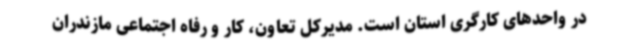
در واحدهای کارگری استان است. مدیرکل تعاون، کار و رفاه اجتماعی مازندران